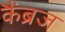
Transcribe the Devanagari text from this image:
कैंब्रज